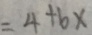
= 4 + 6 x